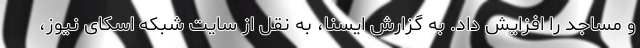
و مساجد را افزایش داد. به گزارش ایسنا، به نقل از سایت شبکه اسکای نیوز،